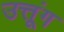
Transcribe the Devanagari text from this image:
उत्तूंग